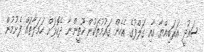
ސައުދީ އަރަބިއްޔާ އާއި ގަލްފުގެ އެހެން ގައުމުތަކުން ހޫތީންނާ ދެކޮޅަށް ހަމަލާތައް ފެށުމުން